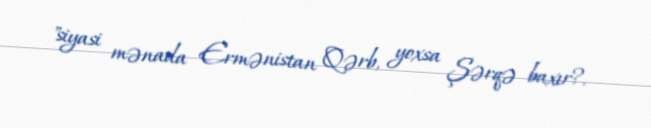
"siyasi mənada Ermənistan Qərb, yoxsa Şərqə baxır?.